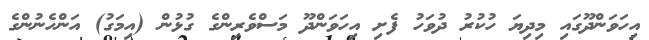
އިހަވަންދޫގައި މިދިޔަ ހުކުރު ދުވަހު ފެށި އިހަވަންދޫ މަސްވެރިންގެ ގުޅުން (އިމަގު) އަންހެނުންގެ